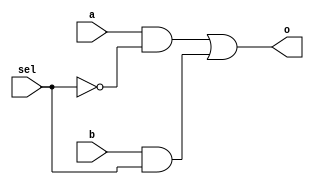


module mux(
  input a, b, sel,
  output o
);

  assign o = a & ~sel | b & sel;

endmodule